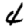
Digit: 4